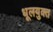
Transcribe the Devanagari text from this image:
धूलयुक्त